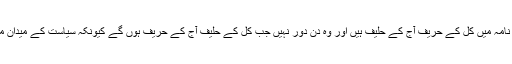
تاہم چکوال کے سیاسی منظر نامہ میں کل کے حریف آج کے حلیف ہیں اور وہ دن دور نہیں جب کل کے حلیف آج کے حریف ہوں گے کیونکہ سیاست کے میدان میں کوئی بھی حرف آخر نہیں۔